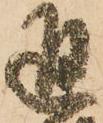
通